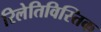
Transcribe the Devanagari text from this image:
रिलेतिविस्तिक